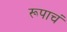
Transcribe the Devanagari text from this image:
रूपाचं